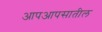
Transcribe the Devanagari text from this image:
आपआपसातील